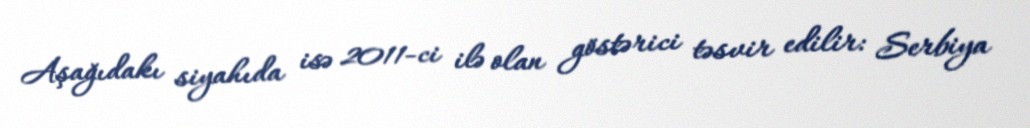
Aşağıdakı siyahıda isə 2011-ci ilə olan göstərici təsvir edilir: Serbiya